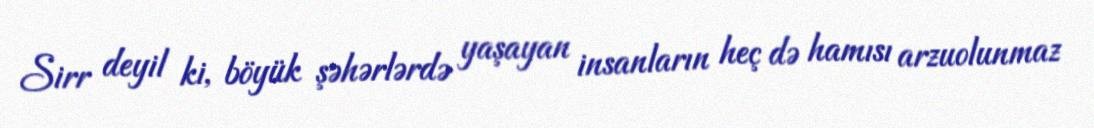
Sirr deyil ki, böyük şəhərlərdə yaşayan insanların heç də hamısı arzuolunmaz